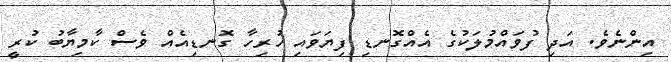
އިންނެވެ. އަދި ފުވައްމުލަކުގެ އެއްގޮނޑި ފިޔަވައި ހުރިހާ ގޮނޑިއެއް ވެސް ކާމިޔާބު ކުރީ